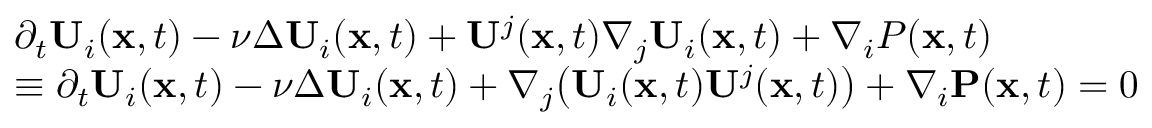
\begin{array} { r l } & { \partial _ { t } \mathbf { U } _ { i } ( \mathbf { x } , t ) - \nu \Delta \mathbf { U } _ { i } ( \mathbf { x } , t ) + \mathbf { U } ^ { j } ( \mathbf { x } , t ) \nabla _ { j } \mathbf { U } _ { i } ( \mathbf { x } , t ) + \nabla _ { i } P ( \mathbf { x } , t ) } \\ & { \equiv \partial _ { t } \mathbf { U } _ { i } ( \mathbf { x } , t ) - \nu \Delta \mathbf { U } _ { i } ( \mathbf { x } , t ) + \nabla _ { j } \big ( \mathbf { U } _ { i } ( \mathbf { x } , t ) \mathbf { U } ^ { j } ( \mathbf { x } , t ) \big ) + \nabla _ { i } \mathbf { P } ( \mathbf { x } , t ) = 0 } \end{array}